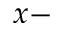
x -